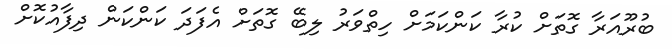
ބުރޫއަރާ ގޮތަށް ކުރާ ކަންކަމަށް ހިތްވަރު ލިބޭ ގޮތަށް އެފަދަ ކަންކަން ދިފާއުކޮށް